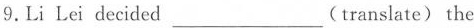
9.Li Lei decided___(translate)the